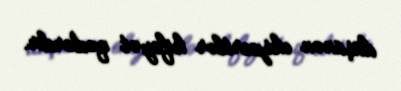
düşünən ekspertlər kifayət qədərdir.